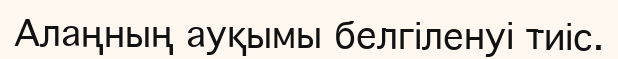
Алаңның ауқымы белгіленуі тиіс.